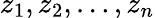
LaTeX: z_{1},z_{2},\dots,z_{n}